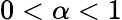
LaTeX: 0<\alpha<1